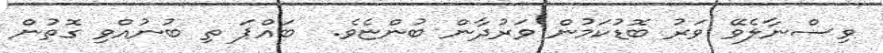
ވިސްނާލެވޭ ވަރު ބޮޑުކަމުން ވަރުދާން ބުންޏެވެ.  ބައްޕަ ތި ބުނުއްވި ގޮތުން